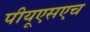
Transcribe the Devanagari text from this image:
पीयूएसएच